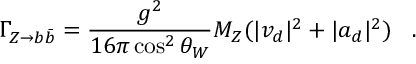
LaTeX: \Gamma _ { Z \rightarrow b \bar { b } } = \frac { g ^ { 2 } } { 1 6 \pi \cos ^ { 2 } \theta _ { W } } M _ { Z } ( | v _ { d } | ^ { 2 } + | a _ { d } | ^ { 2 } ) \; \; \; .